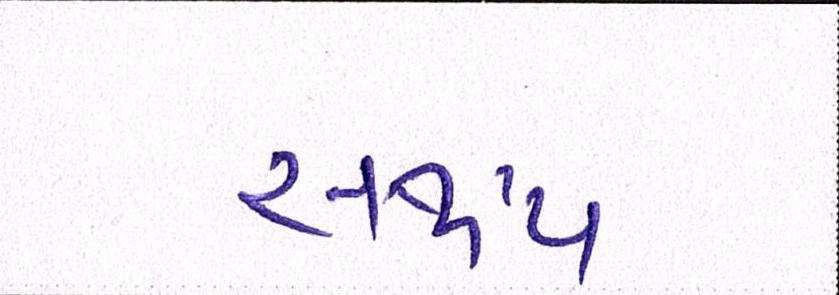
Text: સર્જાય